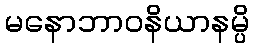
မနောဘာဝနိယာနမ္ပိ